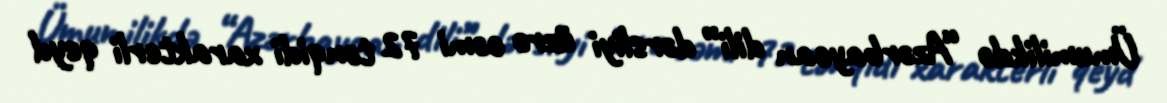
Ümumilikdə “Azərbaycan dili” dərsliyi üzrə cəmi 72 tənqidi xarakterli qeyd